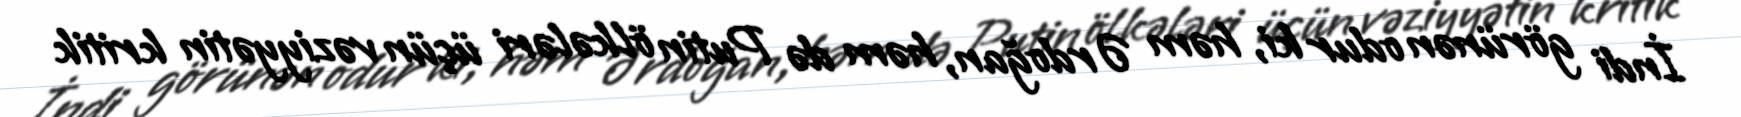
İndi görünən odur ki, həm Ərdoğan, həm də Putin ölkələri üçün vəziyyətin kritik